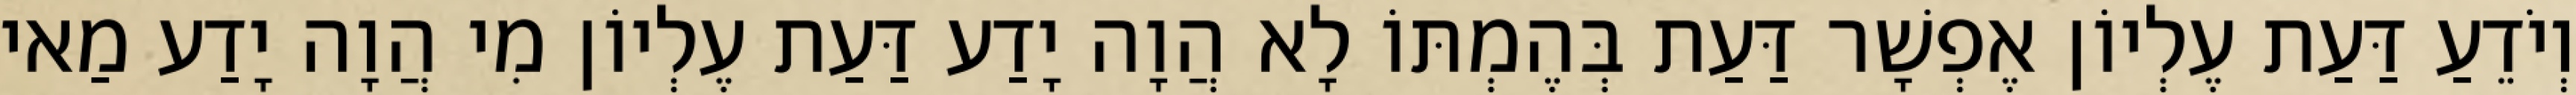
וְיֹדֵעַ דַּעַת עֶלְיוֹן אֶפְשָׁר דַּעַת בְּהֶמְתּוֹ לָא הֲוָה יָדַע דַּעַת עֶלְיוֹן מִי הֲוָה יָדַע מַאי